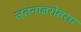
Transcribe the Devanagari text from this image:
जतनाबरोबरच